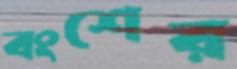
বংশের